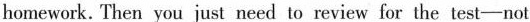
homework. Then you just need to review for the test—not